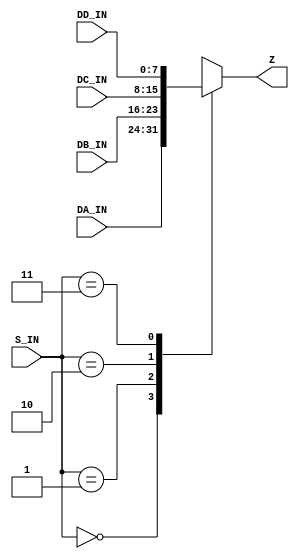
module sample1(
  input [1:0] S_IN,

  input [7:0] DA_IN,
  input [7:0] DB_IN,
  input [7:0] DC_IN,
  input [7:0] DD_IN,

  output [7:0] Z
);

function [7:0] SEL(
  input [1:0] S,
  input [7:0] DA,
  input [7:0] DB,
  input [7:0] DC,
  input [7:0] DD
);
begin
  case ( S )
    2'b00: SEL = DA;
    2'b01: SEL = DB;
    2'b10: SEL = DC;
    2'b11: SEL = DD;
    default: SEL = 0;
  endcase
end
endfunction

assign Z = SEL( S_IN, DA_IN, DB_IN, DC_IN, DD_IN);
endmodule